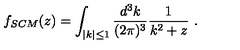
f _ { S C M } ( z ) = \int _ { | k | \leq 1 } { \frac { d ^ { 3 } k } { ( 2 \pi ) ^ { 3 } } } { \frac { 1 } { k ^ { 2 } + z } } \ .